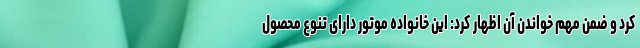
کرد و ضمن مهم خواندن آن اظهار کرد: این خانواده موتور دارای تنوع محصول